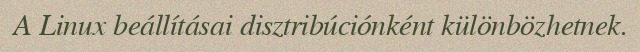
A Linux beállításai disztribúciónként különbözhetnek.